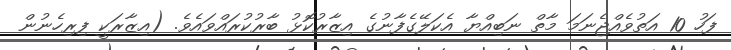
ފަހު 10 އަތުވެއްޖެނަމަ މާތް ނަބިއްޔާ އެކަލޭގެފާނުގެ އިޒާރުކޮޅު ބާރުކުރައްވައެވެ. (އިޒާރަކީ ފިރިހެނުން